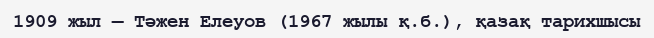
1909 жыл — Тәжен Елеуов (1967 жылы қ.б.), қазақ тарихшысы